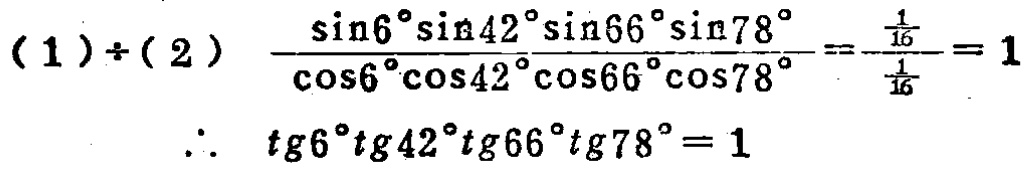
\((1)\div(2)\quad\frac{\sin6^{\circ}\sin42^{\circ}\sin66^{\circ}\sin78^{\circ}}{\cos6^{\circ}\cos42^{\circ}\cos66^{\circ}\cos78^{\circ}}=\frac{\frac{1}{16}}{\frac{1}{16}} = 1\)

\(\therefore\quad tg6^{\circ}tg42^{\circ}tg66^{\circ}tg78^{\circ}=1\)